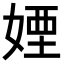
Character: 𡞻